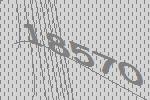
18570